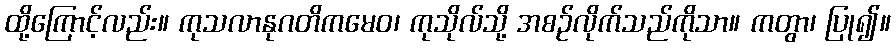
ထို့ကြောင့်လည်း။ ကုသလာနုဂတိကမေဝ၊ ကုသိုလ်သို့ အစဉ်လိုက်သည်ကိုသာ။ ကတွာ၊ ပြု၍။